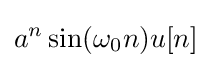
a^{n}\sin(\omega _{0}n)u[n]